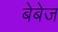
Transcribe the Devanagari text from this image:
बेबेज